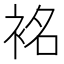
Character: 𮕿